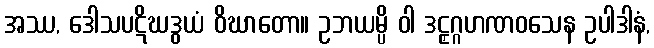
အဿ, ဒေါသပဋိဃဒွယံ ဝိဃာတော။ ဥဘယမ္ပိ ဝါ ဒဠှဂ္ဂဟဏဝသေန ဥပါဒါနံ,